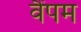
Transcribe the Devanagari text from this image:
वैंपम